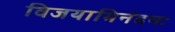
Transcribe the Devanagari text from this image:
विजयाभिनंदनः